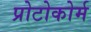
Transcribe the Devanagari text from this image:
प्रोटोकोर्म